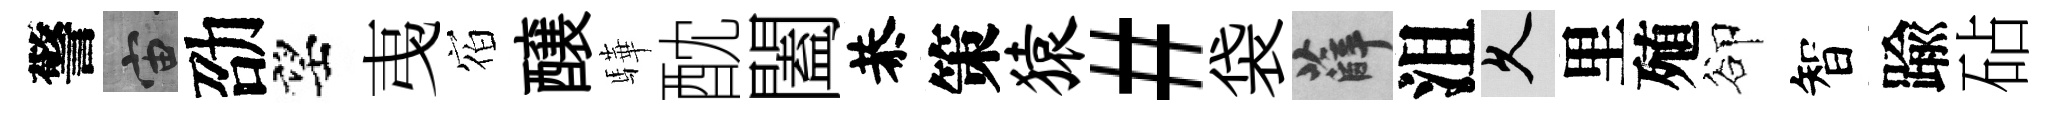
警宙劭望𢎯𪧐醸驊酖闔恭策猿#袋薛沮久里殖卻智踰砧